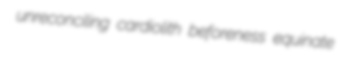
unreconciling cardiolith beforeness equinate